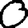
Digit: 0